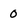
Character: 0